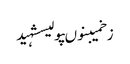
زخمیبنوںپولیسشہید